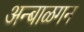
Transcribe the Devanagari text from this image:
अन्बाळगन